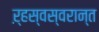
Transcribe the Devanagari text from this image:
ऱ्हस्वस्वरान्त